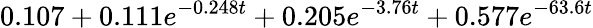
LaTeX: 0.107+0.111e^{-0.248t}+0.205e^{-3.76t}+0.577e^{-63.6t}